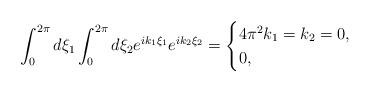
LaTeX: \begin{align*} \int_0^{2\pi}d\xi_1\int_0^{2\pi}d\xi_2e^{ik_1\xi_1}e^{ik_2\xi_2}= \begin{cases} 4\pi^2k_1=k_2=0,\\ 0 , \end{cases} \end{align*}